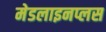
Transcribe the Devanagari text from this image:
मेडलाइनप्लस